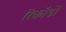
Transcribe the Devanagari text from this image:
रिकॉडों